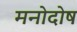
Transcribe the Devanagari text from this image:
मनोदोष